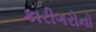
કારીગરોનો